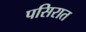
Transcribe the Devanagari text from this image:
पसिरात